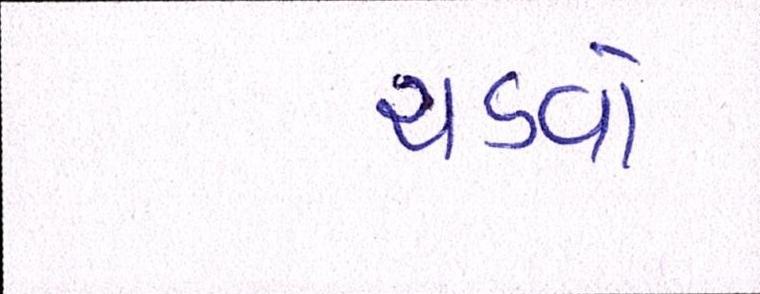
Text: ચડવો